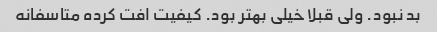
بد نبود. ولی قبلا خیلی بهتر بود. کیفیت افت کرده متاسفانه